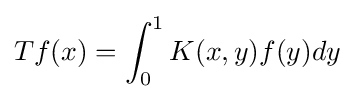
Tf(x)=\int _{0}^{1}K(x,y)f(y)dy